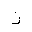
Letter: _zay